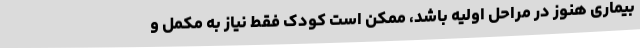
بیماری هنوز در مراحل اولیه باشد، ممکن است کودک فقط نیاز به مکمل و